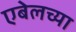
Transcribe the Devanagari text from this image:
एबेलच्या